Civil Veterinary Department Bihar & Orissa reports 1911-21 - 1911-1921
Year: 1911
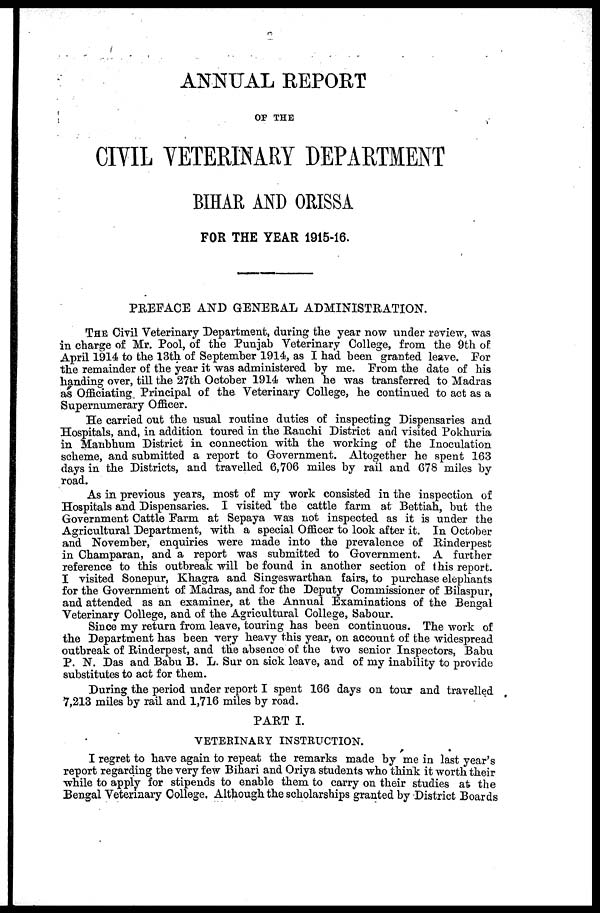
ANNUAL REPORT
OF THE
CIVIL VETERINARY DEPARTMENT
BIHAR AND ORISSA
FOR THE YEAR 1915-16.
PREFACE AND GENERAL ADMINISTRATION.
THE Civil Veterinary Department, during the year now under review, was
in charge of Mr. Pool, of the Punjab Veterinary College, from the 9th of
April 1914 to the 13th of September 1914, as I had been granted leave. For
the remainder of the year it was administered by me. From the date of his
handing over, till the 27th October 1914 when he was transferred to Madras
as Officiating Principal of the Veterinary College, he continued to act as a
Supernumerary Officer.
He carried out the usual routine duties of inspecting Dispensaries and
Hospitals, and, in addition toured in the Ranchi District and visited Pokhuria
in Manbhum District in connection with the working of the Inoculation
scheme, and submitted a report to Government. Altogether he spent 163
days in the Districts, and travelled 6,706 miles by rail and 678 miles by
road.
As in previous years, most of my work consisted in the inspection of
Hospitals and Dispensaries. I visited the cattle farm at Bettiah, but the
Government Cattle Farm at Sepaya was not inspected as it is under the
Agricultural Department, with a special Officer to look after it. In October
and November, enquiries were made into the prevalence of Rinderpest
in Champaran, and a report was submitted to Government. A further
reference to this outbreak will be found in another section of this report.
I visited Sonepur, Khagra and Singeswarthan fairs, to purchase elephants
for the Government of Madras, and for the Deputy Commissioner of Bilaspur,
and attended as an examiner, at the Annual Examinations of the Bengal
Veterinary College, and of the Agricultural College, Sabour.
Since my return from leave, touring has been continuous. The work of
the Department has been very heavy this year, on account of the widespread
outbreak of Rinderpest, and the absence of the two senior Inspectors. Babu
P. N. Das and Babu B. L. Sur on sick leave, and of my inability to provide
substitutes to act for them.
During the period under report I spent 166 days on tour and travelled
7,213 miles by rail and 1,716 miles by road.
PART I.
VETERINARY INSTRUCTION.
I regret to have again to repeat the remarks made by me in last year's
report regarding the very few Bihari and Oriya students who think it worth their
while to apply for stipends to enable them to carry on their studies at the
Bengal Veterinary College. Although the scholarships granted by District Boards